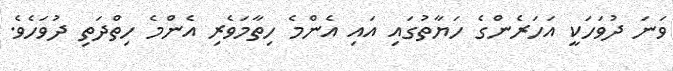
ވަނަ ދުވަހަކީ އަހަރެންގެ ހަޔާތުގައި އައި އެންމެ ހިތާމަވެރި އެންމެ ހިތްދަތި ދުވަހެވެ.